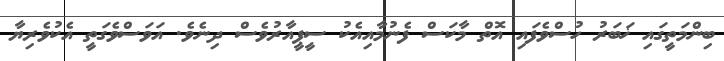
ބިންމަތީގައި ޚަބަރު ހުސްވެފައި އޮތް މާކަސް ފެނުމާއިއެކު ސީޕީއާރުވެސް ދިނެވެ. އަވަސްވެގަތީ އެކުވެރިޔާ